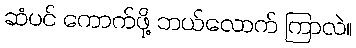
ဆံပင် ကောက်ဖို့ ဘယ်လောက် ကြာလဲ။